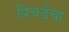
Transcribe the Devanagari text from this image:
प्रिचर्डचा